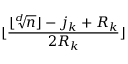
\lfloor \frac { \lfloor \sqrt [ d ] { n } \rfloor - j _ { k } + R _ { k } } { 2 R _ { k } } \rfloor